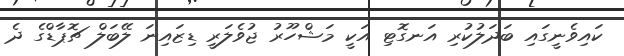
ކައިވެނީގައި ބަދަލުކުރި އަނގޮޓި އަކީ މަޝްހޫރު ޖުވެލަރީ ޑިޒައިނަ ލޭބަލް ޗޮޕާޑްގެ ދެ